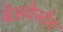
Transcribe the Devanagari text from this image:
बेअवेर्स्दम